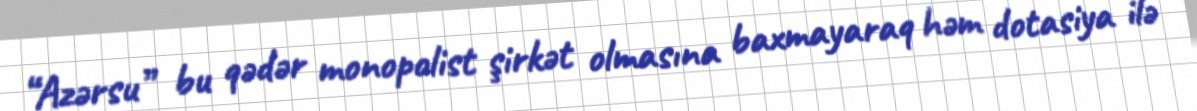
“Azərsu” bu qədər monopolist şirkət olmasına baxmayaraq həm dotasiya ilə